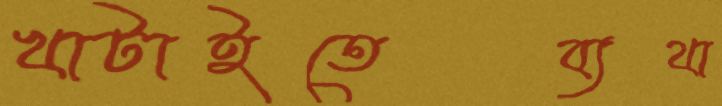
খাটাইতেব্যথা